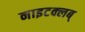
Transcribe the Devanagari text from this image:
नाइटक्लब्